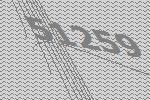
51259